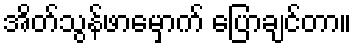
အိတ်သွန်ဖာမှောက် ပြောချင်တာ။